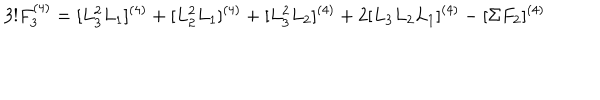
3 ! F _ { 3 } ^ { ( 4 ) } = [ L _ { 3 } ^ { 2 } L _ { 1 } ] ^ { ( 4 ) } + [ L _ { 2 } ^ { 2 } L _ { 1 } ] ^ { ( 4 ) } + [ L _ { 3 } ^ { 2 } L _ { 2 } ] ^ { ( 4 ) } + 2 [ L _ { 3 } L _ { 2 } L _ { 1 } ] ^ { ( 4 ) } - [ \Sigma F _ { 2 } ] ^ { ( 4 ) }